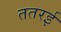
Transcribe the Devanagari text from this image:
ततरई